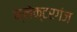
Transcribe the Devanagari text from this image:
क्लेक्टरगंज